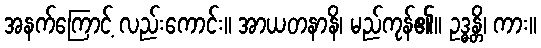
အနက်ကြောင့် လည်းကောင်း။ အာယတနာနိ၊ မည်ကုန်၏။ ဥဒ္ဓန္တိ၊ ကား။